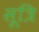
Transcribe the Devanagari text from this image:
सूत्रि